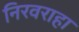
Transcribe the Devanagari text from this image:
निरवराहा